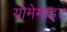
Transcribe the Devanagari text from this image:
योमेमाइट